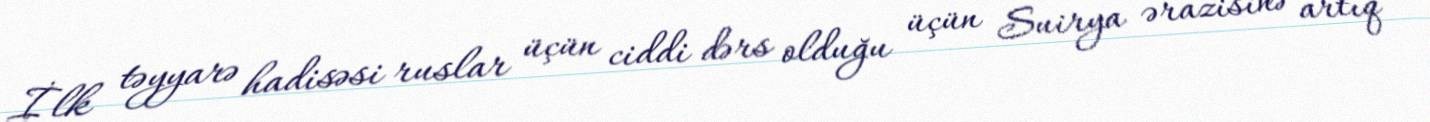
İlk təyyarə hadisəsi ruslar üçün ciddi dərs olduğu üçün Suirya ərazisinə artıq